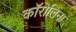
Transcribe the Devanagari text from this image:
काॅरोलिना